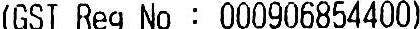
(GST REG NO : 000906854400)